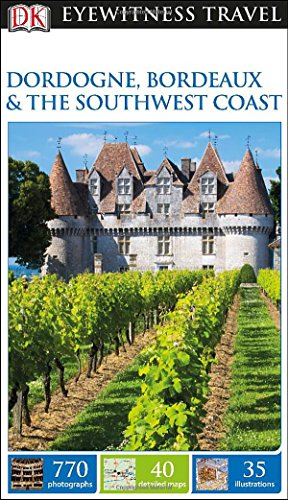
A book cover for DK Eyewitness Travel Guide: Dordogne, Bordeaux & the Southwest Coast; DK Publishing; Travel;